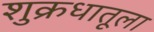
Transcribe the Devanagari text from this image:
शुक्रधातूला